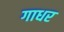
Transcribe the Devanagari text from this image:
गाधर